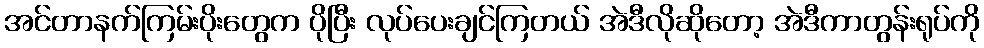
အင်တာနက်ကြမ်းပိုးတွေက ပိုပြီး လုပ်ပေးချင်ကြတယ် အဲဒီလိုဆိုတော့ အဲဒီကာတွန်းရုပ်ကို